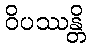
ဝိပဿန္တိ